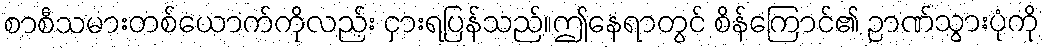
စာစီသမားတစ်ယောက်ကိုလည်း ငှားရပြန်သည်။ဤနေရာတွင် စိန်ကြောင်၏ ဉာဏ်သွားပုံကို